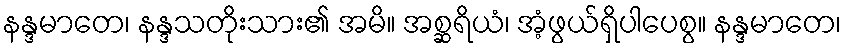
နန္ဒမာတေ၊ နန္ဒသတိုးသား၏ အမိ။ အစ္ဆရိယံ၊ အံ့ဖွယ်ရှိပါပေစွ။ နန္ဒမာတေ၊